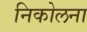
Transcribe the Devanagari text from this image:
निकोलना